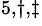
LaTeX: ^{5,\dagger,\ddagger}